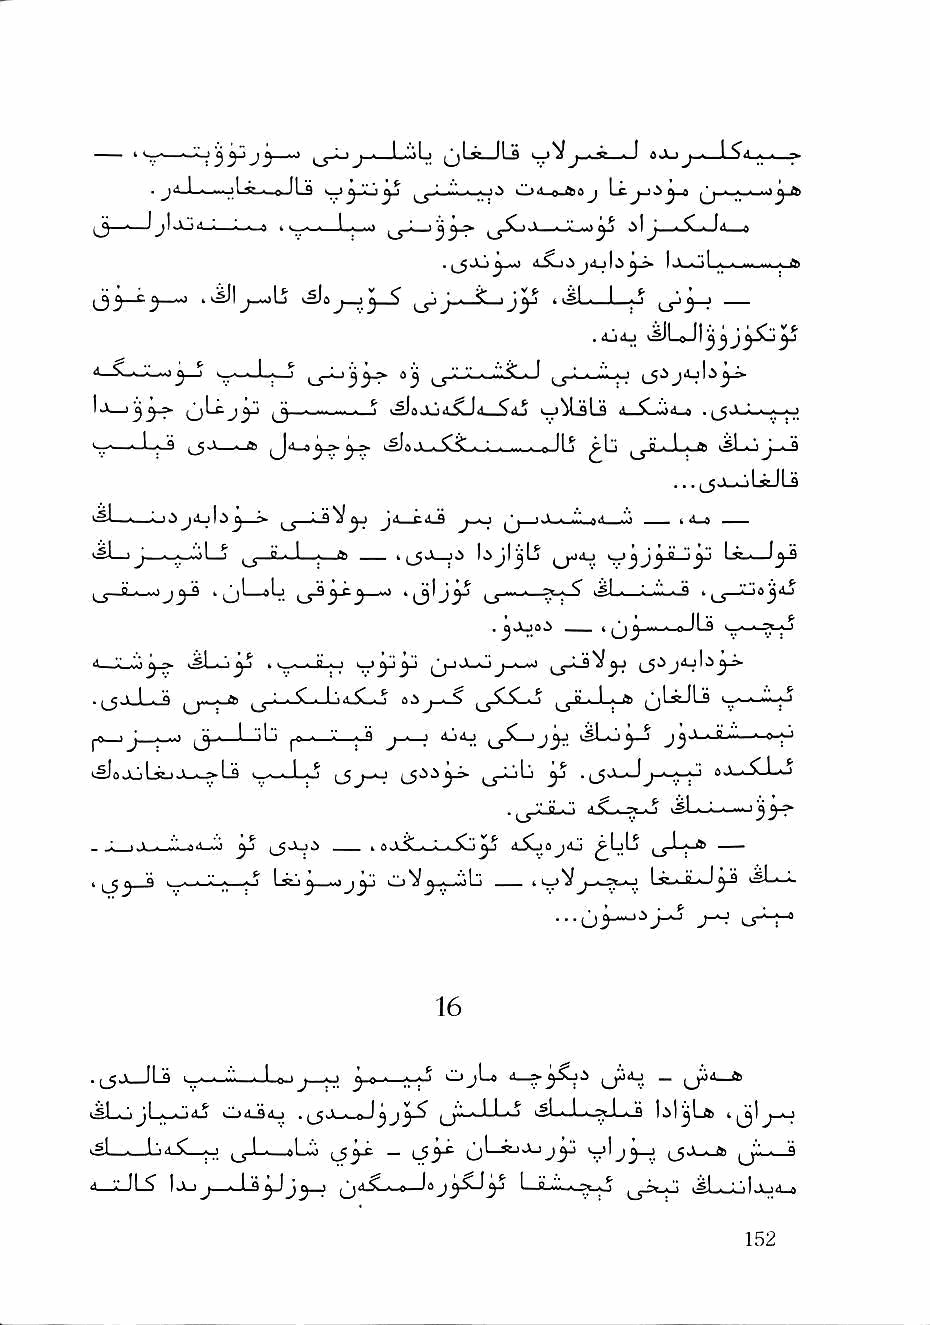
—  t             J n I "I n (jLit—lLS J - » - I "■> -J - I . - —-
 ■ jaJ—— 1*   yXj^ ^^Li"."i.-.«-0 Oi< B.a»j ^...■■■■i.) jjt)
 ^_5-^j1sx34_:__u_6 l.;->            ^1 j_-<..,[d_»
 C^_j                J..^_l  ugl... L  ^
 ,^4j v^LoJI^^
 1j—   (jLc  ijy     .sL  \a <a': ij^Ls A. C -jj-i j
 w—        ^                               liLjiJ_^
 .. .^juoL^Ld
 s^l m», -I O J4^|.^ J ^ i. ^ Vy jd.^4.^ • .^--t >Vi Qfi ' _. t
 y^\ \ jm -11-. —^ ^ p • ^ ^       '" ^ ° ' J)" I jr,« I
 ^■Jl.-,.a                        JL—
 .      t ^   Ls >w<wcJl-0
 LT-H®          Oij-^ 1.5^^
 ■ J ■ ..■ Jj - I '■! ' ^ ■ ■ '■' - a J - ■ djij u5Ljj^ iSLo^-J J j \ I C iii ' a ; '
 ^^OjjLstJ-l—^Ls ■-■■•■l.;.'l 1__5 j_.J ^
 . ,_yVj..-i ii.^-^o .jL.-;..
 : . 1 ■ .l". ^ j_5J_ji I aJCiLi—L>-Sby iXja^Aj ~~
 . J a !_■ • '«'« Lij^ -...ij^ C)V^.j_.^b (1^V^'"T'' J
 ...jj^ij-J" J-O
 - ,_g > II Q !_• ■ ^'. ..■■I.eJ J—o ^-o-^ OjLo
 isLo jl-»-o»iJ i.ii)<ij4_) . .iwi-oJ j J ^ ^^'."i-\-LL- J ^?li-i l.-j^-Li-s lil^Ltt o
 4_iJL5          ,jd^,-» la  LLL^.^ ,_S^*-H vSLwol-UJ-s